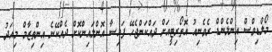
މޯލްޑިވްސް އިންލެންޑް ރެވެނިއު އޮތޯރިޓީއަށް ދައްކަންޖެހޭ ފައިސާ އޮންލައިންކޮށް ދެއްކޭނެ އިންތިޒާމް މިއަދު